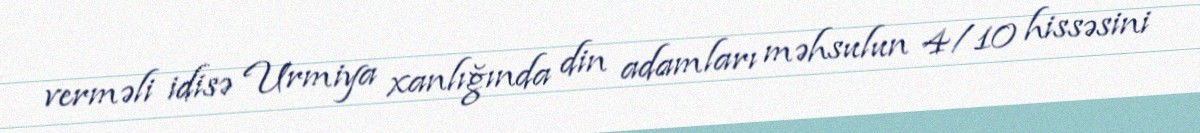
verməli idisə Urmiya xanlığında din adamları məhsulun 4/10 hissəsini